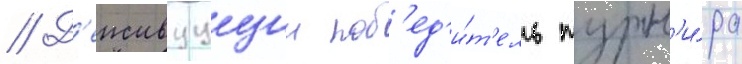
// Д'еиствуущии поб'ед'и́т'ель турн'и́ра